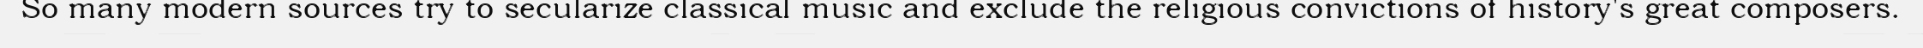
So many modern sources try to secularize classical music and exclude the religious convictions of history's great composers.